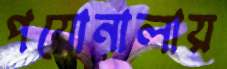
পয়োনালায়